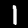
Label: 1